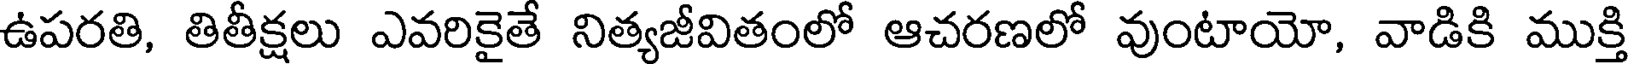
ఉపరతి, తితీక్షలు ఎవరికైతే నిత్యజీవితంలో ఆచరణలో వుంటాయో, వాడికి ముక్తి